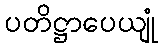
ပတိဋ္ဌာပေယျုံ